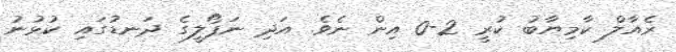
ރެއާލް ކާމިޔާބު ކުރީ 2-0 އިން ނެވެ. އަދި ނަޕޯލީގެ ދަނޑުގައި ކުޅުނު